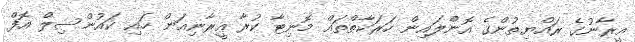
އީރާނުގެ ރައްޔިތުންގެ އޮންލައިން ހަރަކާތްތައް މޮނިޓާ ކުރާ އީރާނިއަން ހައި ކައުންސިލް އޮފް